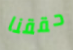
حققنا